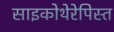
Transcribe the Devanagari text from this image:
साइकोथेरेपिस्त